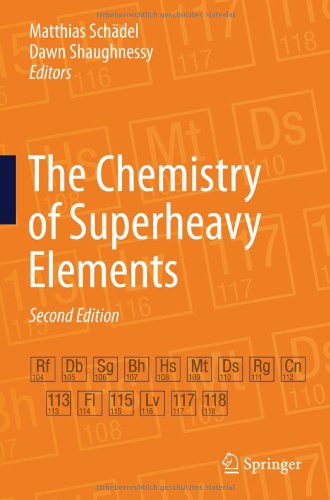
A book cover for The Chemistry of Superheavy Elements; Science & Math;